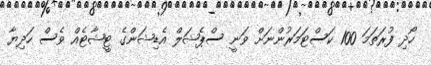
ހޯދި ފުރަތަމަ 100 ކަސްޓަމަރުންނަށް ވަނީ ސްޕެޝަލް އެޑިޝަންގެ ޓީޝާޓެއް ވެސް ހަދިޔާ